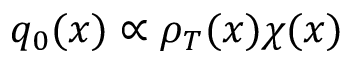
{ q } _ { 0 } ( x ) \propto \rho _ { T } ( x ) \chi ( x )